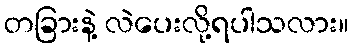
တခြားနဲ့ လဲပေးလို့ရပါသလား။